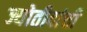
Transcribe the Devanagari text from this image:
ज्योतीदांची